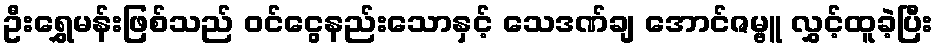
ဦးရွှေမန်းဖြစ်သည် ဝင်ငွေနည်းသောနှင့် သေဒဏ်ချ အောင်ဇမ္ဗူ လွှင့်ထူခဲ့ပြီး